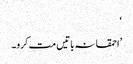
‘
’احمقانہ باتیں مت کرو۔